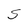
Character: S